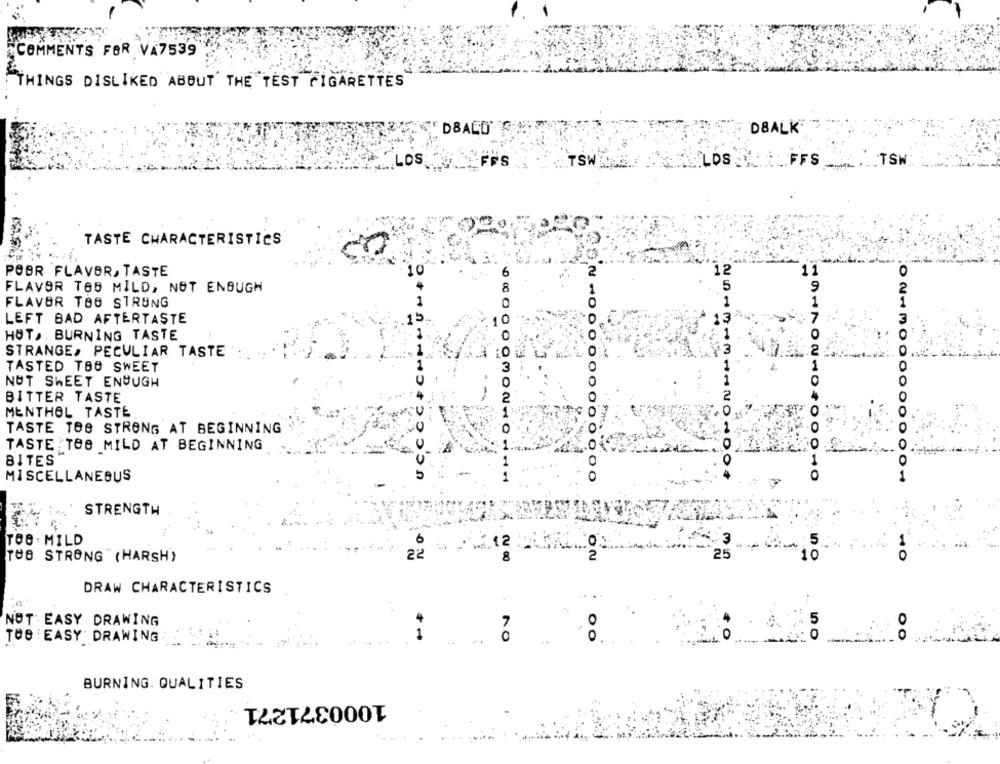
COMMENTS FOR VA7539
"THINGS DISLIKED ABOUT THE TEST CIGARETTES
DBALD
DBALK
LOS
FFS
SWAYS
ELDS LE FFS
TSW
TASTE CHARACTERISTICS
POBR FLAVOR, TASTE
6
2
FLAVOR TOB MILD, NOT ENOUGH
8
FLAVOR TOB STRUNG
LEFT BAD AFTERTASTE
15.
HOT, . BURNING TASTE
STRANGE, PECULIAR TASTE
0
TASTED TBO SWEET
0
NUT SWEET ENOUGH
BITTER TASTE
-
MENTHOL TASTE
TASTE TOS STRONG AT BEGINNING
TASTE TOG MILD AT BEGINNING
BITES
2010-01-NO -00
MISCELLANEOUS
CON-000000000000
STRENGTH
TO8 . MILD
12:
:3
5
6
THB STRONG " (HARSH')
22
8
2
25
10
DRAW CHARACTERISTICS
NOT EASY DRAWING
7
5
TOB :EASY DRAWING
00
BURNING. QUALITIES
1000371271